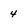
Character: 4